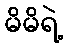
မိမိရဲ့